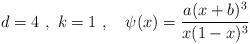
LaTeX: \begin{align*}d = 4 \ , \ k = 1 \ , \ \ \ \psi ( x ) = \frac{a (x + b )^3}{x ( 1 - x )^3} \,\end{align*}